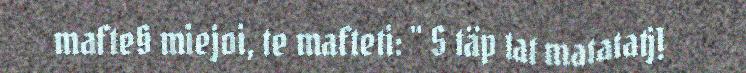
mafte§ miejoi, te mafteti: " S täp tat matatatj!